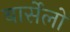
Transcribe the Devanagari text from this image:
बार्सेलो